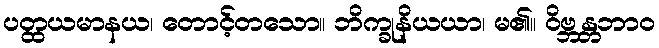
ပတ္ထယမာနယ၊ တောင့်တသော။ ဘိက္ခုနိယယာ၊ မ၏။ ဝိဗ္ဘန္တဘာဝ